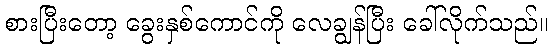
စားပြီးတော့ ခွေးနှစ်ကောင်ကို လေချွန်ပြီး ခေါ်လိုက်သည်။